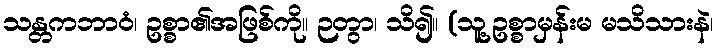
သန္တကဘာဝံ၊ ဥစ္စာ၏အဖြစ်ကို။ ဉတွာ၊ သိ၍။ (သူ့ဥစ္စာမှန်းမ မသိသားနဲ၊